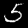
Label: 5